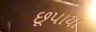
છૂપાયા